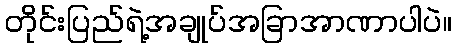
တိုင်းပြည်ရဲ့အချုပ်အခြာအာဏာပါပဲ။